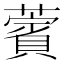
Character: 薲